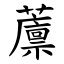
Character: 䕲